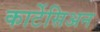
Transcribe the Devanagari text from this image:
कार्टेसिअन